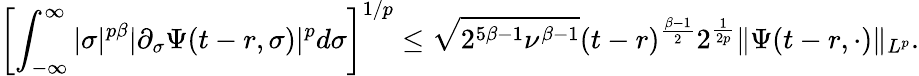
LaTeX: \left[\int_{-\infty}^{\infty}|\sigma|^{p\beta}|\partial_{\sigma}\Psi(t-r,\sigma)|^{p}d\sigma\right]^{1/p}\leq\sqrt{2^{5\beta-1}\nu^{\beta-1}}(t-r)^{\frac{\beta-1}{2}}2^{\frac{1}{2p}}\| \Psi(t-r,\cdot)\| _{L^{p}}.